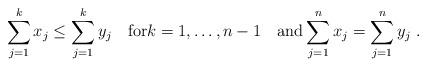
LaTeX: \begin{align*}\sum_{j=1}^k x_j \leq \sum_{j=1}^k y_j \quad{\rm for}k=1,\dots, n-1\quad{\rm and}\sum_{j=1}^n x_j = \sum_{j=1}^n y_j \ .\end{align*}